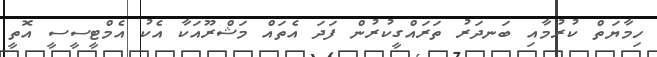
ހިމާޔަތް ކުރުމާއި ބަނދަރު ތަރައްގީކުރުން ފަދަ އެތައް މަޝްރޫއަކާ އެކު އެމްޓީސީސީ އޮތީ